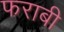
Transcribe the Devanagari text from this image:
फराबी